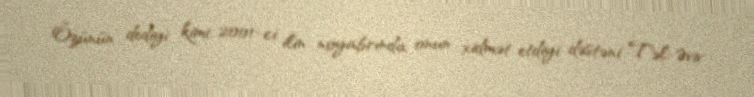
Özünün dediyi kimi, 2001-ci ilin noyabrında onun xidmət etdiyi dəstəni Təl-Əviv